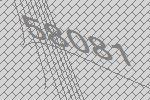
58081